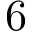
6